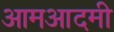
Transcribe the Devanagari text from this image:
आमआदमी